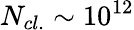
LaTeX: N_{cl.}\sim 10^{12}